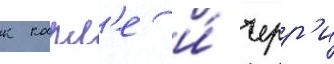
к карл'е и́ черр'и